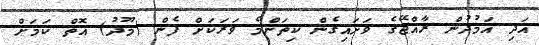
އަދި އަމުދުން ރާއްޖޭގެ ވަށައިގެން ކިތަންމެ ވަރަކަށް ފެން (މޫދު) އޮތް ކަމަށް